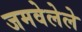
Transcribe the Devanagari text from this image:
जमवेलेले